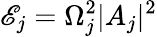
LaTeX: \mathscr{E}_{j}=\Omega_{j}^{2}|A_{j}|^{2}